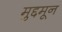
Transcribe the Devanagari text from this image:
मुद्दमून